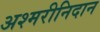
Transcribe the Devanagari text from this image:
अश्मरीनिदान